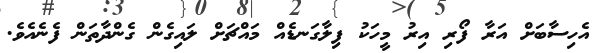
އެހިސާބަށް އަރާ ފޯރި އިރު މީހަކު ފިލާގަނޑެއް މައްޗަށް ލައިގެން ގެންދާތަން ފެނެއެވެ.